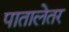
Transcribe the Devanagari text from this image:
पातालेतर